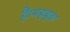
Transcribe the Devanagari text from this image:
हैं।महबूबा